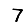
Digit: 7